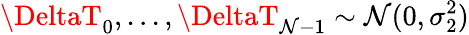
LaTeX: \DeltaT_{0},...,\DeltaT_{\mathcal{N}-1}\sim\mathcal{{\mathcal{N}}}(0,\sigma_{2}^{2})